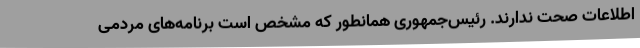
اطلاعات صحت ندارند. رئیس‌جمهوری همانطور که مشخص است برنامه‌های مردمی